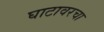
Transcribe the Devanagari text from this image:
घाटावरचा